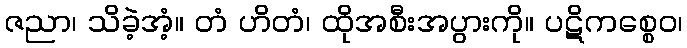
ဇညာ၊ သိခဲ့အံ့။ တံ ဟိတံ၊ ထိုအစီးအပွားကို။ ပဋိကစ္စေဝ၊